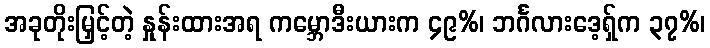
အခုတိုးမြှင့်တဲ့ နှုန်းထားအရ ကမ္ဘောဒီးယားက ၄၉%၊ ဘင်္ဂလားဒေ့ရှ်က ၃၇%၊